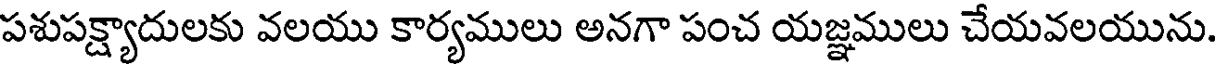
పశుపక్ష్యాదులకు వలయు కార్యములు అనగా పంచ యజ్ఞములు చేయవలయును.